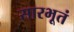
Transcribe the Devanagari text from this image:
सारभूतं